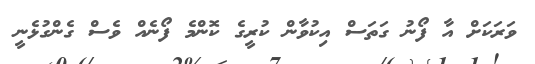
ވަރަކަށް އާ ފޯނު ގަތަސް އިކުވާން ކުރީގެ ކޮންމެ ފޯނެއް ވެސް ގެންގުޅެނީ